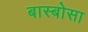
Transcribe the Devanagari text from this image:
बास्बोसा